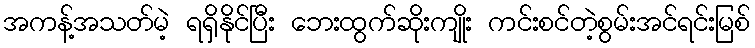
အကန့်အသတ်မဲ့ ရရှိနိုင်ပြီး ဘေးထွက်ဆိုးကျိုး ကင်းစင်တဲ့စွမ်းအင်ရင်းမြစ်